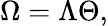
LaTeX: \Omega=\Lambda\Theta,